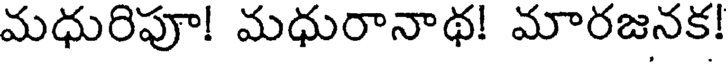
మధురిపూ! మధురానాథ! మారజనక!